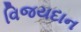
વિજયદાન